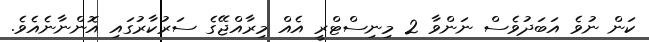
ކަން ނުވެ އަބަދުވެސް ނަންވާ 2 މިނިސްޓްރީ އެެއް މިރާއްޖޭގެ ސަރުކާރުގައި އޮންނާނެއެވެ.